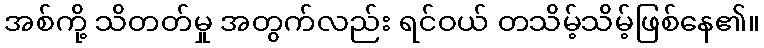
အစ်ကို့ သိတတ်မှု အတွက်လည်း ရင်ဝယ် တသိမ့်သိမ့်ဖြစ်နေ၏။